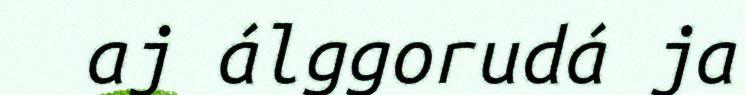
aj álggorudá ja